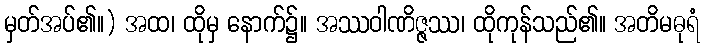
မှတ်အပ်၏။) အထ၊ ထိုမှ နောက်၌။ အဿဝါဏိဇ္ဇဿ၊ ထိုကုန်သည်၏။ အတိမဓုရံ